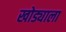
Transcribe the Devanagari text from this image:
खोड्याला